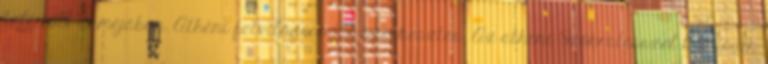
felé volt akméjában. Athéni felvilágosodás szerkesztés Az athéni Szókratésszel kezdődik